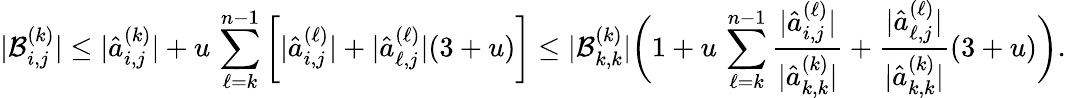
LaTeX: |\mathcal{B}_{i,j}^{(k)}|\le|\hat{{a}}_{i,j}^{(k)}|+u\, \sum_{\ell=k}^{n-1}\bigg[|\hat{{a}}_{i,j}^{(\ell)}|+|\hat{{a}}_{\ell,j}^{(\ell)}|(3+u)\bigg]\le|\mathcal{B}_{k,k}^{(k)}|\bigg(1+u\, \sum_{\ell=k}^{n-1}\frac{{|\hat{{a}}_{i,j}^{(\ell)}|}}{{|\hat{{a}}_{k,k}^{(k)}|}}+\frac{{|\hat{{a}}_{\ell,j}^{(\ell)}|}}{{|\hat{{a}}_{k,k}^{(k)}|}}(3+u)\bigg).